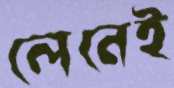
লেনেই